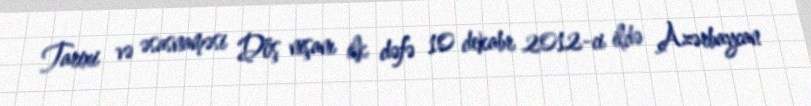
Tarixi və əsasnaməsi Döş nişanı ilk dəfə 10 dekabr 2012-ci ildə Azərbaycan